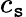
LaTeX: c_{\mathtt{s}}